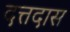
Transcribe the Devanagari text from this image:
दत्तदास